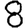
Digit: 8